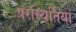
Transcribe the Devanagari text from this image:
परस्थितियां